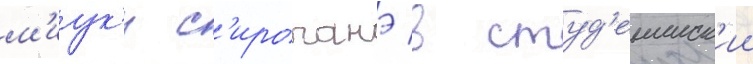
м'иук'и с'ироганэ в студ'енческ'ии